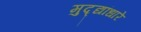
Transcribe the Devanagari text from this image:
मुद्द्यांधारे